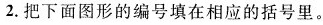
2.把下面图形的编号填在相应的括号里。